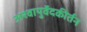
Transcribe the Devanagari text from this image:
अश्वायुर्वेदकीर्तन